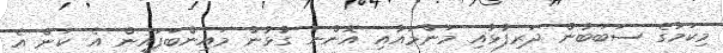
މިކަމުގެ ސަބަބުން ދަރިފުޅާއި މަންމައާއި އޮންނަ ގުޅުން މައިންބަފައިން އެ ކަން އެ